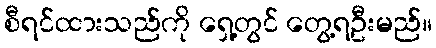
စီရင်ထားသည်ကို ရှေ့တွင် တွေ့ရဦးမည်။